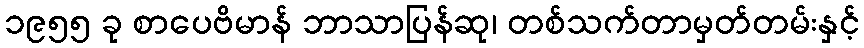
၁၉၅၅ ခု စာပေဗိမာန် ဘာသာပြန်ဆု၊ တစ်သက်တာမှတ်တမ်းနှင့်